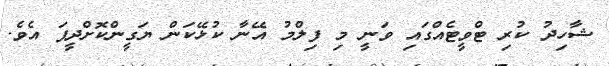
ޝާހިދު ކުރި ޓްވީޓެއްގައި ވަނީ މި ފިލްމު އޭނާ ކުޅޭކަން ޔަގީންކޮށްދީފަ އެވެ.